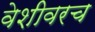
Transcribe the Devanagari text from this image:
वेशीवरच